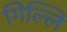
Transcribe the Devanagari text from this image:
गिल्लिं